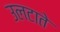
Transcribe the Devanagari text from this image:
उलटाते